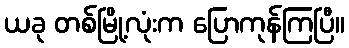
ယခု တစ်မြို့လုံးက ပြောကုန်ကြပြီ။